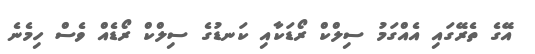
އޭގެ ތެރޭގައި އެއްގަމު ސިލްކް ރޯޑަކާއި ކަނޑުގެ ސިލްކް ރޯޑެއް ވެސް ހިމެނެ